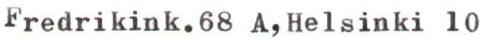
Fredrikink.68 A,Helsinki 10